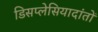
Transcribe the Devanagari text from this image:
डिसप्लेसियादांतों